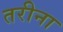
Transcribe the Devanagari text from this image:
तरीना